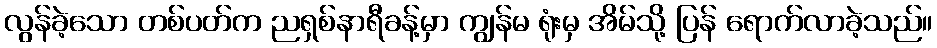
လွန်ခဲ့သော တစ်ပတ်က ညရှစ်နာရီခန့်မှာ ကျွန်မ ရုံးမှ အိမ်သို့ ပြန် ရောက်လာခဲ့သည်။